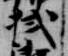
拭